Report on vaccination in Madras 1904-1921 - 1904-1921
Year: 1904
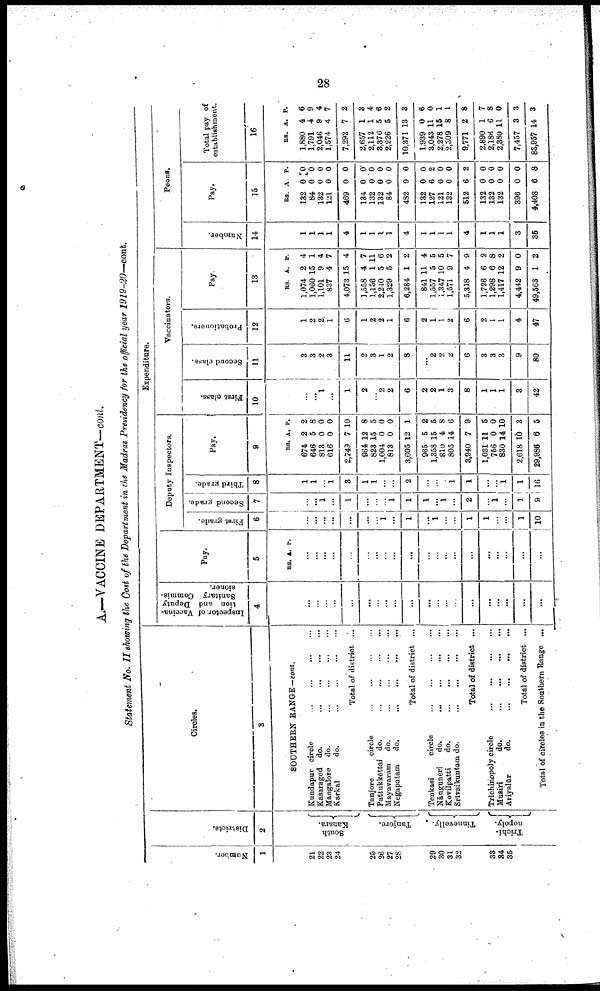
28
A.—VACCINE DEPARTMENT-cont.
Statement No. II showing the Cost of the Department in the Madras Presidency for the official year 1919-20—cont.
Number.
1
21
22
23
24
25
26
27
28
29
30
31
32
33
34
85
Districts.
2
South
Kanara.
Tanjore.
Tinnevelly.
Trichi-
nopoly.
Circles.
3
SOUTHERN RANGE—cont.
Kundapur
circle...
...
...
...
Kasaragod do.
...
...
...
...
Mangalore do.
...
...
...
...
...
Karkal
do.
...
...
...
...
Total of di st ri ct . . . ... ... ... ...
Tanjore
circle... ... ... ...
Pattukkōttai do. ...
...
...
...
Mayavaram
do.
...
...
...
...
Negapatam
do.
...
...
...
...
Total of district ...
Tenkasi
circle
...
...
...
...
Nāngunēri
do.
...
...
Kovilpatti
do. ... ... ... ...
Srivaikuntam do.
...
...
...
...
...
Total of district ...
Trichinopoly circle
...
Musiri
do.
... ... ... ...
Ariyalūr
do. ... ...
...
...
Total of district ...
Total of circles in the Southern Range ...
Expenditure.
Inspector, of Vaccina
tion and Deputy
Sanitary Commis
sioner.
4
...
...
...
...
...
...
...
...
...
...
...
...
...
...
...
...
...
...
...
...
Pay.
5
RS. A. P.
...
...
...
...
...
...
...
...
...
...
...
...
...
...
...
...
...
...
...
...
Deputy Inspectors.
First grade.
6
...
...
...
...
...
...
...
1
...
l
...
l
...
...
l
l
...
...
1
10
Second grade.
7
...
...
1
...
1
...
...
...
1
1
l
...
1
...
2
...
1
...
1
9
Third grade.
8
1
1
...
1
3
1
1
...
...
2
...
...
...
1
1
...
...
1
1
16
Pay.
9
RS.
674
646
813
616
2,749
964
823
1,004
813
3,605
965
1,358
810
805
3,940
1,031
756
830
2,618
29,986
A.
2
5
0
0
7
12
15
0
0
12
5
15
4
14
7
11
0
14
10
6
P.
2
8
0
0
10
8
5
0
0
1
2
5
8
6
9
5
0
10
3
5
Vaccinators.
First class.
10
...
...
1
...
1
2
...
2
2
6
2
2
1
3
8
1
1
1
3
42
Second class.
11
3
3
2
3
11
2
3
1
2
8
...
2
2
2
6
3
3
3
9
80
Probationers.
12
1
2
2
1
6
1
2
2
1
6
2
1
1
2
6
2
1
1
4
47
Pay.
13
RS.
1,074
1,060
1,101
837
4,073
1,558
1,156
2,240
1,329
6,284
841
1,557
1,347
1,571
5,318
1,726
1,298
1,417
4,442
49,563
A.
2
15
9
4
15
4
1
5
5
1
11
5
10
9
4
6
6
12
9
1
P.
4
1
4
7
4
7
11
6
2
2
4
5
5
7
9
2
8
2
0
2
Peons.
Number.
14
1
1
1
1
4
1
1
1
1
4
1
1
1
1
4
1
1
1
3
35
Pay.
15
RS.
132
84
132
121
469
134
132
132
84
482
132
127
121
132
512
132
132
132
396
4,408
A.
0
0
0
0
0
0
0
0
0
0
0
6
0
0
6
0
0
0
0
6
P.
0
0
0
0
0
0
0
0
0
0
0
2
0
0
2
0
0
0
0
8
Total pay of
establishment.
16
RS.
1,880
1,791
2,046
1,574
7,292
2,657
2,112
3,376
2,226
10,371
1,939
3,043
2,278
2,309
9,771
2,890
2,186
2,380
7,457
83,957
A.
4
4
9
4
7
1
1
5
5
13
0
11
15
8
2
1
6
11
3
14
P.
6
9
4
7
2
3
4
6
2
8
6
0
1
1
8
7
8
0
3
3